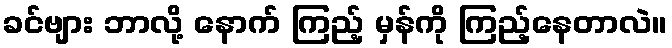
ခင်ဗျား ဘာလို့ နောက် ကြည့် မှန်ကို ကြည့်နေတာလဲ။